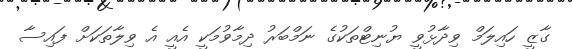
ގާޒީ ހައިލަމް ވިދާޅުވީ ޔުނިޓްތަކުގެ ނަމްބަރު ދިމާވުމަކީ އެއީ އެ ވިލާތަކަށް ފައިސާ